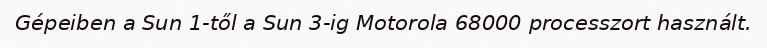
Gépeiben a Sun 1-től a Sun 3-ig Motorola 68000 processzort használt.